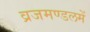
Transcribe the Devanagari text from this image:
व्रजमण्डलमें